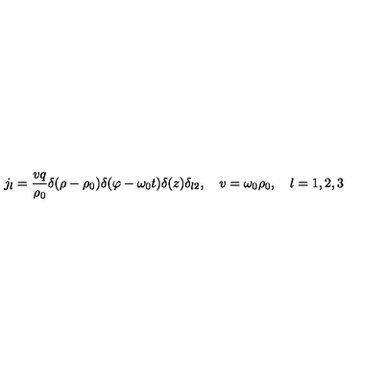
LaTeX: j _ { l } = \frac { v q } { \rho _ { 0 } } \delta ( \rho - \rho _ { 0 } ) \delta ( \varphi - \omega _ { 0 } t ) \delta ( z ) \delta _ { l 2 } , \quad v = \omega _ { 0 } \rho _ { 0 } , \quad l = 1 , 2 , 3